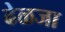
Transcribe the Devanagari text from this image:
ढेळजा